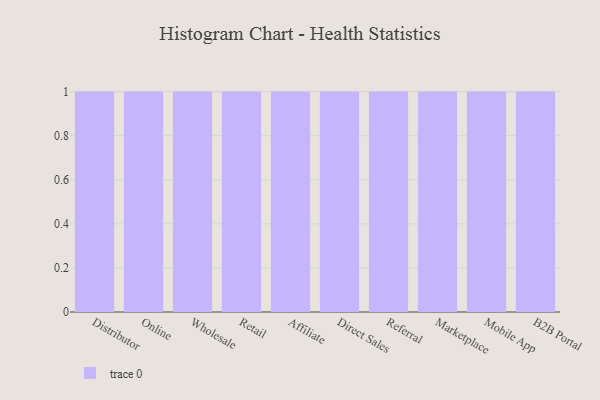
{"axis": {"x": "Channel", "y": "Latency (ms)"}, "legend": [""], "data": [{"x": "Distributor", "y": 65, "type": ""}, {"x": "Online", "y": 12, "type": ""}, {"x": "Wholesale", "y": 46, "type": ""}, {"x": "Retail", "y": 59, "type": ""}, {"x": "Affiliate", "y": 37, "type": ""}, {"x": "Direct Sales", "y": 29, "type": ""}, {"x": "Referral", "y": 56, "type": ""}, {"x": "Marketplace", "y": 23, "type": ""}, {"x": "Mobile App", "y": 6, "type": ""}, {"x": "B2B Portal", "y": 86, "type": ""}]}